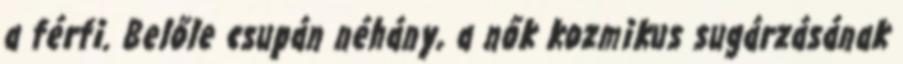
a férfi. Belőle csupán néhány, a nők kozmikus sugárzásának